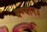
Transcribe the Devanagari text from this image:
बण्यान३